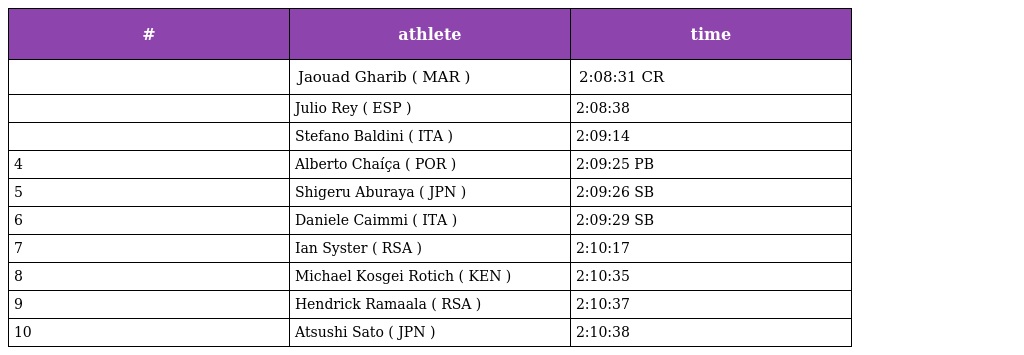
| # | athlete | time |
 | --- | --- | --- |
 |  | Jaouad Gharib ( MAR ) | 2:08:31 CR |
 |  | Julio Rey ( ESP ) | 2:08:38 |
 |  | Stefano Baldini ( ITA ) | 2:09:14 |
 | 4 | Alberto Chaíça ( POR ) | 2:09:25 PB |
 | 5 | Shigeru Aburaya ( JPN ) | 2:09:26 SB |
 | 6 | Daniele Caimmi ( ITA ) | 2:09:29 SB |
 | 7 | Ian Syster ( RSA ) | 2:10:17 |
 | 8 | Michael Kosgei Rotich ( KEN ) | 2:10:35 |
 | 9 | Hendrick Ramaala ( RSA ) | 2:10:37 |
 | 10 | Atsushi Sato ( JPN ) | 2:10:38 |